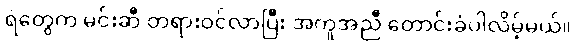
ရဲတွေက မင်းဆီ တရားဝင်လာပြီး အကူအညီ တောင်းခံပါလိမ့်မယ်။